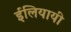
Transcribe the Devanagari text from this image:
ईलियायी